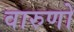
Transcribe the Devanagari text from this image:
वारुणो